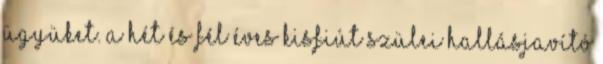
ügyüket. A hét és fél éves kisfiút szülei hallásjavító